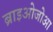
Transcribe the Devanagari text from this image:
ब्राइओजोआ